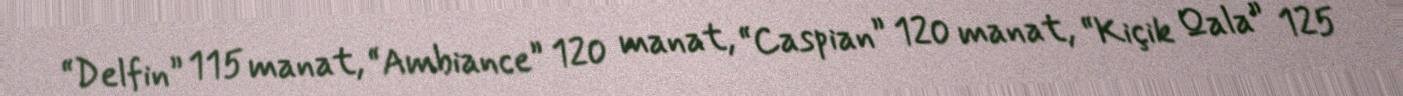
“Delfin” 115 manat, “Ambiance” 120 manat, “Caspian” 120 manat, “Kiçik Qala” 125